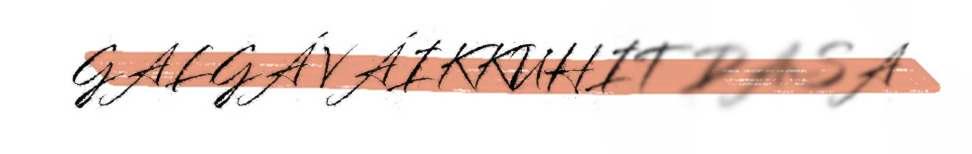
GALGÁ VÁIKKUHIT DASA